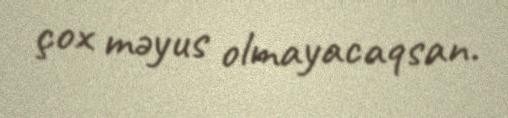
çox məyus olmayacaqsan.